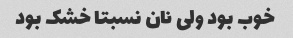
خوب بود ولی نان نسبتا خشک بود